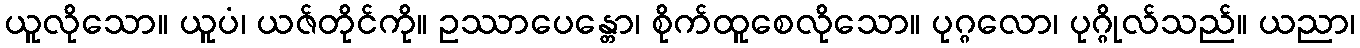
ယူလိုသော။ ယူပံ၊ ယဇ်တိုင်ကို။ ဥဿာပေန္တော၊ စိုက်ထူစေလိုသော။ ပုဂ္ဂလော၊ ပုဂ္ဂိုလ်သည်။ ယညာ၊